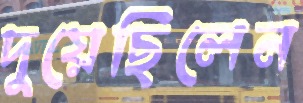
দুয়েছিলেন